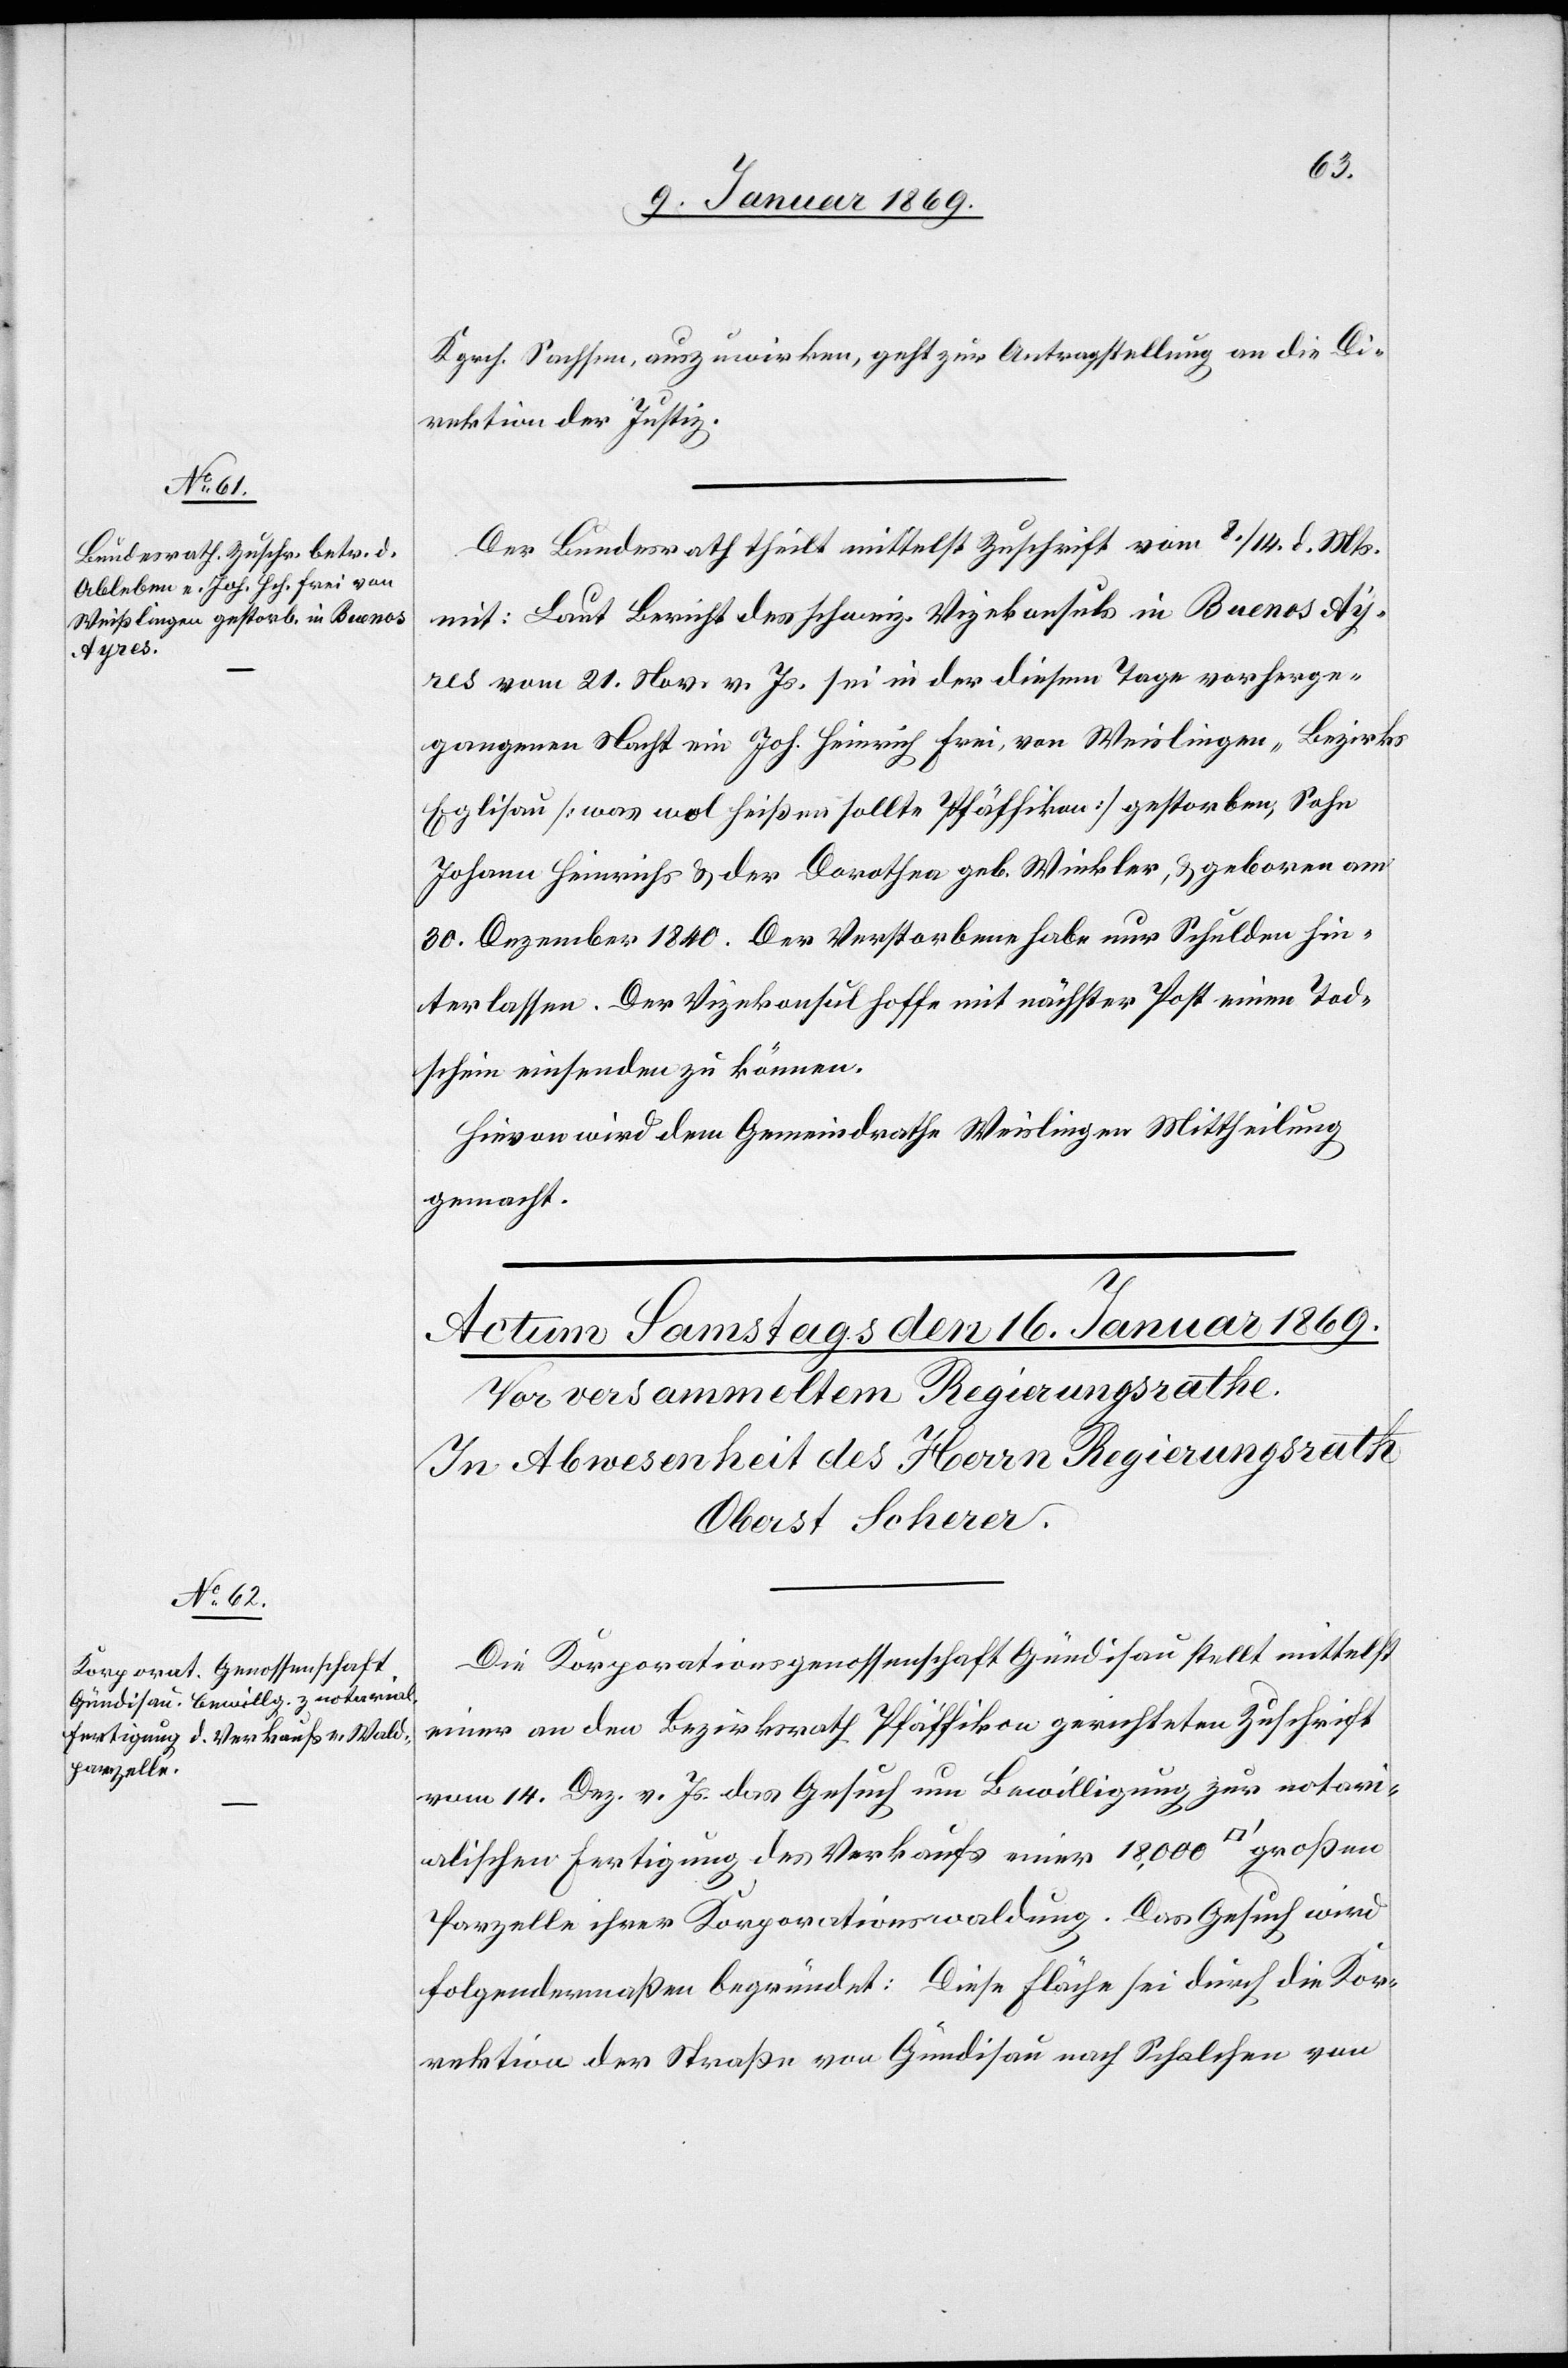
tfuss]

15. Januar 1869.]
Kgrch. Sachsen, auszuwirken, geht in Antragstellung an die Di¬
rektion der Justiz.
Der Bundesrath theilt mittelst Zuschrift vom 8./14. d. Mts.
mit: Laut Bericht des schweiz. Vizekonsuls in Buenos Ayr¬
es vom 21. Nov. d. Js. sei in der diesem Tage vorge¬
gangenen Nacht ein Joh. Heinrich Frei, von Weislingen [sic!], Bezirks
Eglisau [was wol heißen sollte Pfäffikon] gestorben, Sohn
Johann Heinrichs u. der Dorothea geb. Winkler, u. geboren am
30 Dezember 1840. Der Verstorbene habe nur Schulden hin¬
terlassen. Der Vizekonsul hoffe mit nächster Post einen Tod¬
schein einsenden zu können.
Hievon wird dem Gemeindrathe Weislingen Mittheilung
gemacht.
Die Korporationsgesellschaft Gündisau stellt mittelst
einer an den Bezirksrath Pfäffikon gerichteten Zuschrift
vom 14 Dez. v. Js. das Gesuch um Bewilligung zur notari¬
alischen Fertigung des Verkaufs einer 18,000 [Quadra¬
Parzelle ihrer Korporationswaldung. Das Gesuch wird
folgendermaßen begründet: Diese Fläche sei durch die Kor¬
rektion der Straßen von Gündisau nach Schalchen von